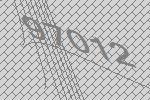
97012